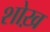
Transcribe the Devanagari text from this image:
शोख़